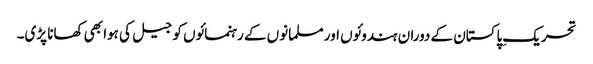
تحریکِ پاکستان کے دوران ہندوئوں اور مسلمانوں کے رہنمائوں کو جیل کی ہوا بھی کھانا پڑی۔